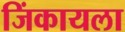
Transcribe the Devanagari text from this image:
जिंकायला